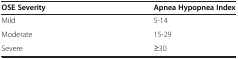
<table><thead><tr><td><b>OSE Severity</b></td><td><b>Apnea Hypopnea Index</b></td></tr></thead><tbody><tr><td>Mild</td><td>5-14</td></tr><tr><td>Moderate</td><td>15-29</td></tr><tr><td>Severe</td><td>≥30</td></tr></tbody></table>